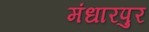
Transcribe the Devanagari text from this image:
मंधारपुर